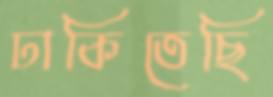
ঢাকিতেছি